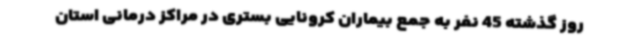
روز گذشته 45 نفر به جمع بیماران کرونایی بستری در مراکز درمانی استان